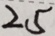
2 5